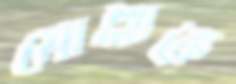
মোল্লাকে